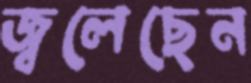
জ্বলেছেন